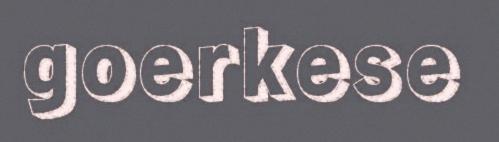
goerkese